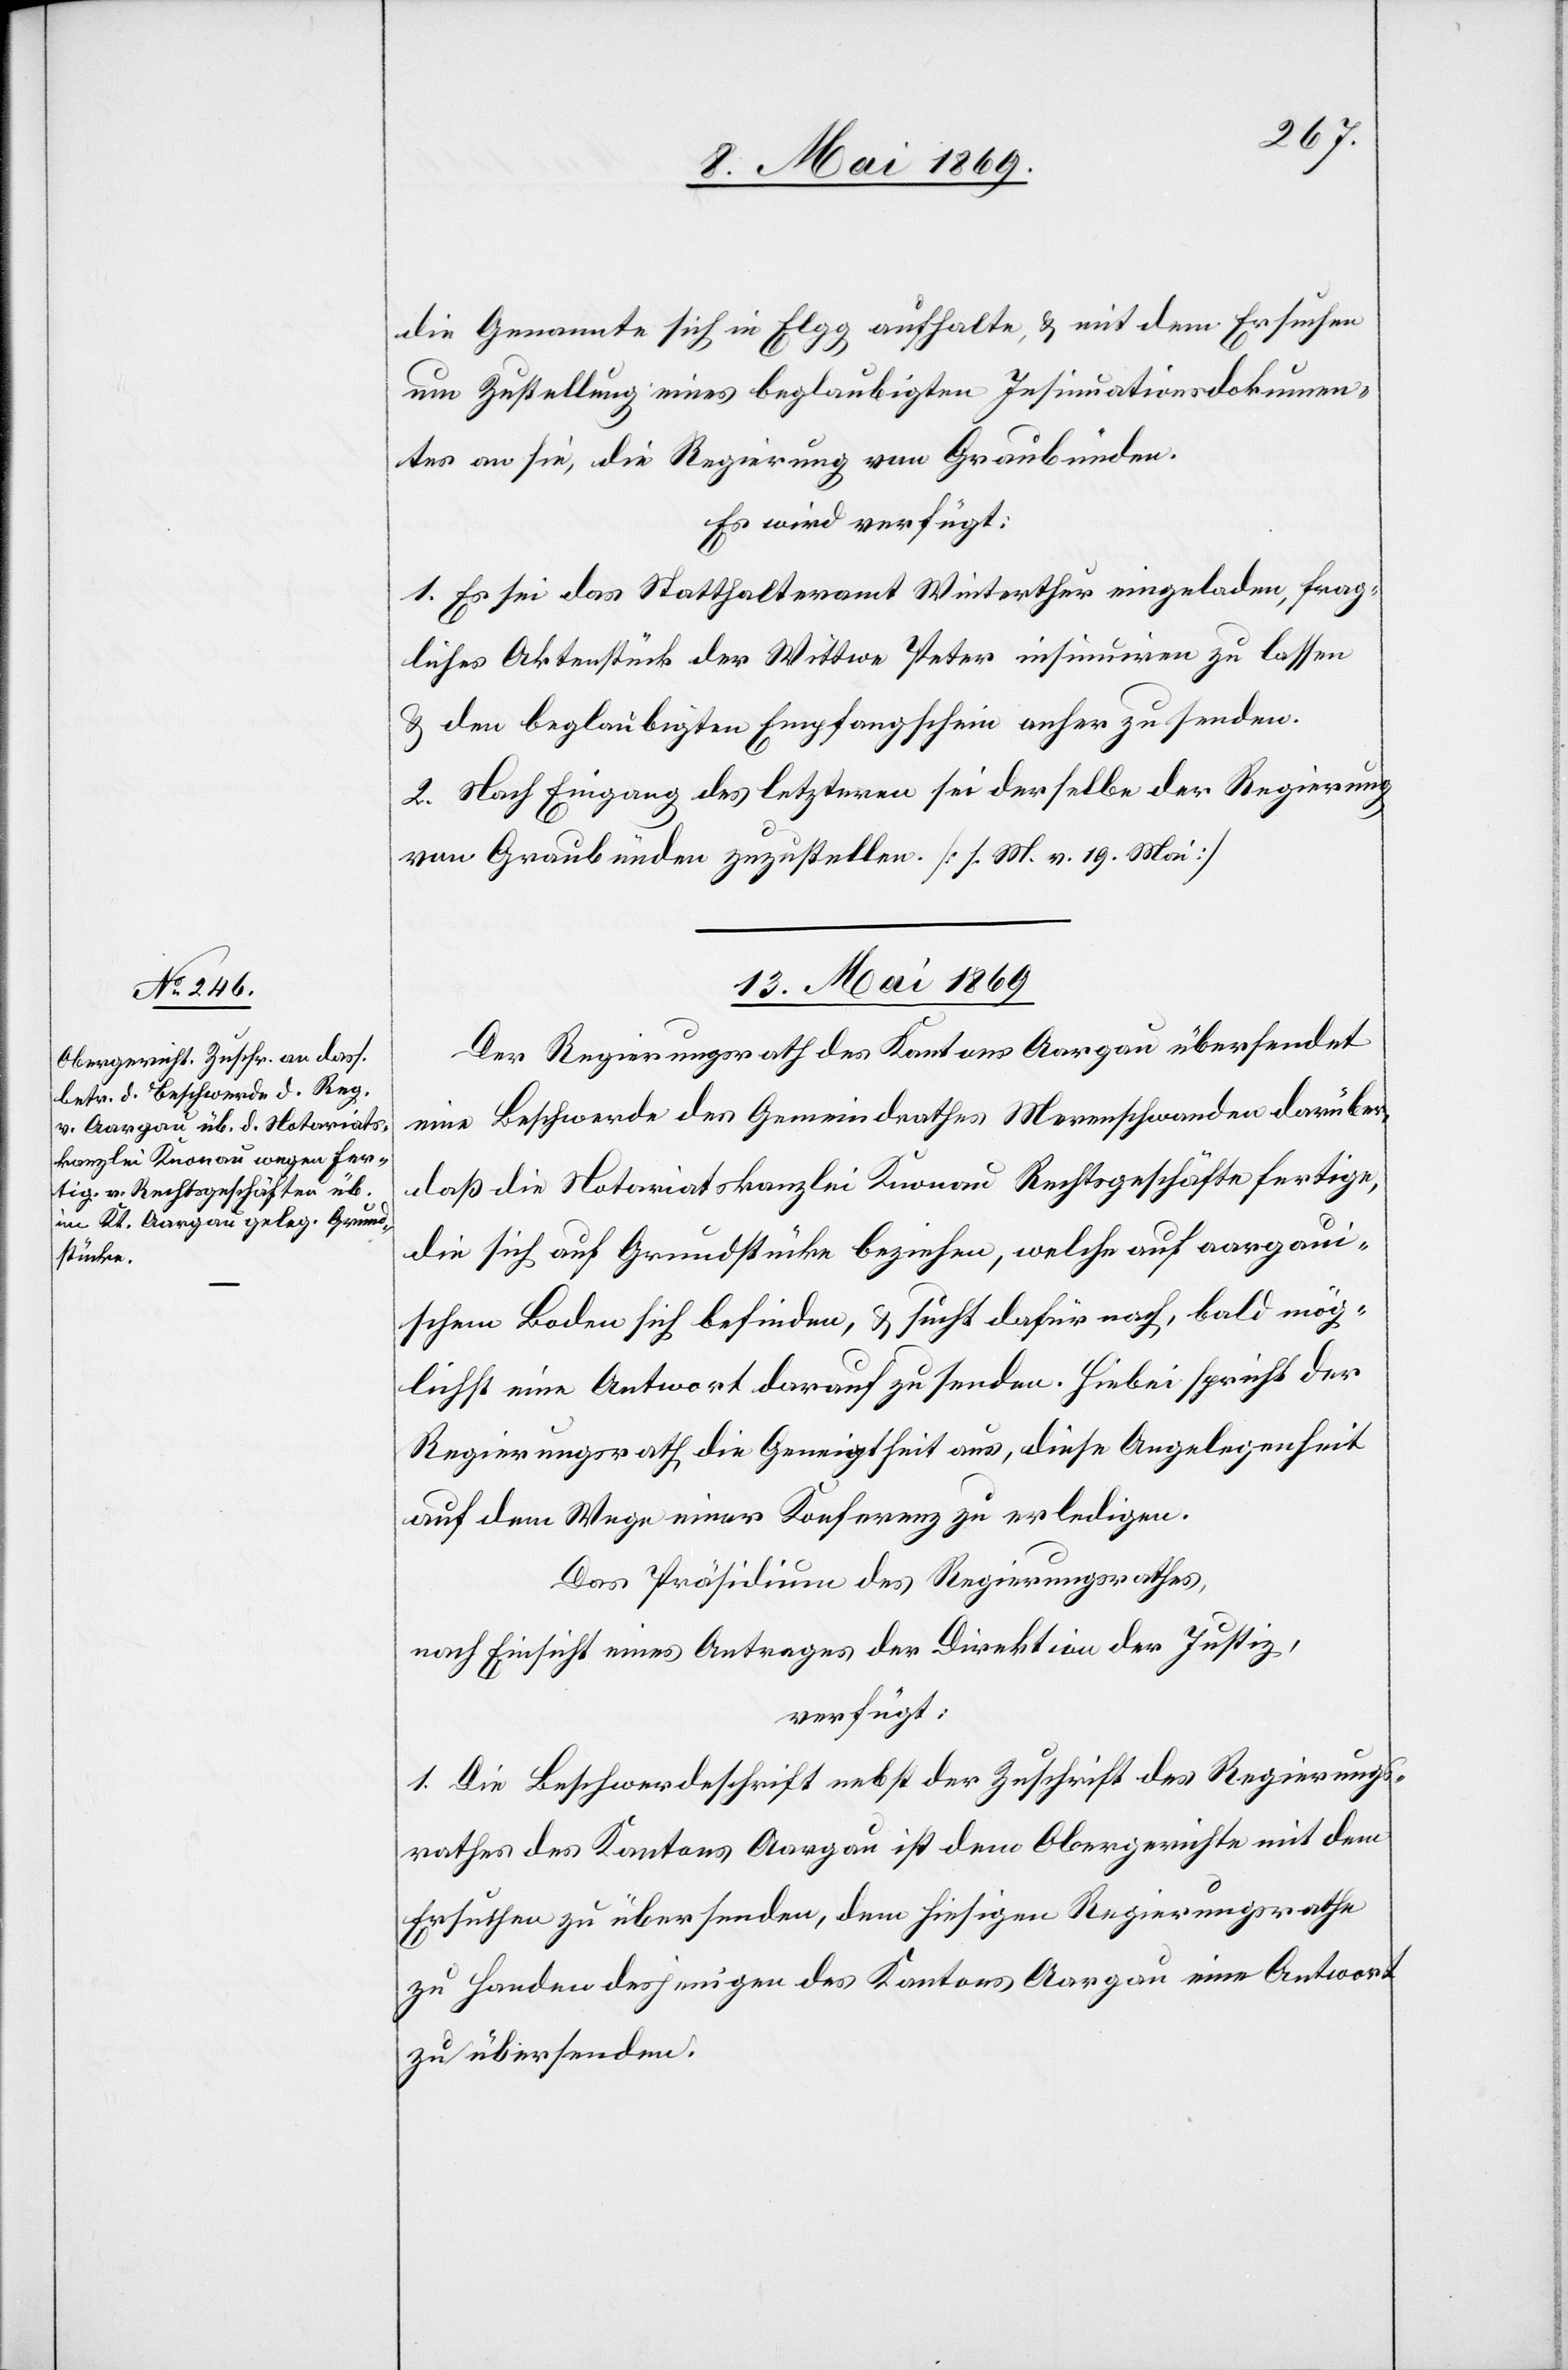
die Genannte sich in Elgg aufhalte, u. mit dem Ersuchen
um Zustellung eines beglaubigten Insinuationsdokumen¬
tes an sie, die Regierung von Graubünden.
Es wird verfügt:
1. Es sei das Statthalteramt Winterthur eingeladen, frag¬
liches Aktenstück der Wittwe Peter insinuiren zu lassen
u. den beglaubigten Empfangsschein anher zu senden.
2. Nach Eingang des letzteren sei derselbe der Regierung
von Graubünden zuzustellen. [l. M. v. 19 Mai]
13. Mai 1869.
Der Regierungsrath des Kantons Aargau übersendet
eine Beschwerde des Gemeindrathes Merenschwanden darüber,
daß die Notariatskanzlei Knonau Rechtsgeschäfte fertige,
die sich auf Grundstücke beziehen, welche auf aargaui¬
schem Boden sich befinden, u. sucht dafür nach, bald mög¬
lichst eine Antwort darauf zu senden. Hiebei spricht der
Regierungsrath die Geneigtheit aus, diese Angelegenheit
auf dem Wege einer Konferenz zu erledigen.
Das Präsidium des Regierungsrathes,
nach Einsicht eines Antrages der Direktion der Justiz,
verfügt:
1. Die Beschwerdeschrift nebst der Zuschrift des Regierungs¬
rathes des Kantons Aargau ist dem Obergerichte mit dem
Ersuchen zu übersenden, dem hiesigen Regierungsrathe
zu Handen desjenigen des Kantons Aargau eine Antwort
zu übersenden.